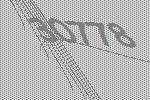
30778